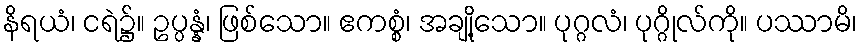
နိရယံ၊ ငရဲ၌။ ဥပ္ပန္နံ၊ ဖြစ်သော။ ဧကစ္စံ၊ အချို့သော။ ပုဂ္ဂလံ၊ ပုဂ္ဂိုလ်ကို။ ပဿာမိ၊